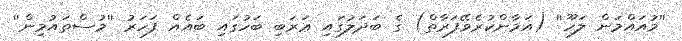
''މުއައްމަން ލަހޫ'' (އަމާންކުރެވޭފަރާތް) ގެ ބަދަލުގައި ޢަރަބި ބަހުގައި ބައެއް ފަހަރު ''މުސްތައުމިން''